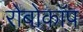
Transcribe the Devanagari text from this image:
रोबोकाॅप